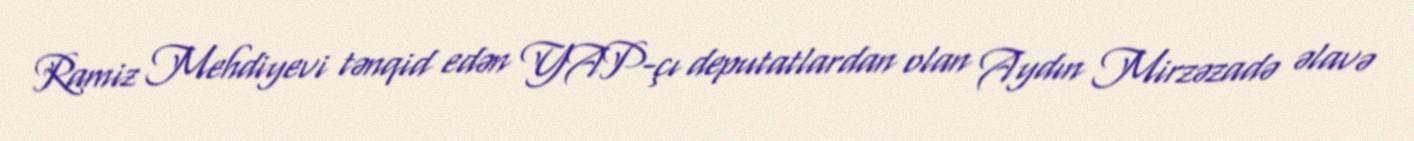
Ramiz Mehdiyevi tənqid edən YAP-çı deputatlardan olan Aydın Mirzəzadə əlavə